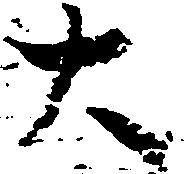
大